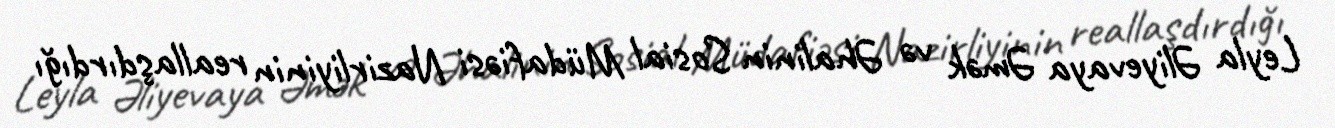
Leyla Əliyevaya Əmək və Əhalinin Sosial Müdafiəsi Nazirliyinin reallaşdırdığı